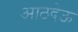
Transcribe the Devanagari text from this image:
आठदेऊ